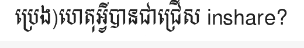
ប្រេង)ហេតុអ្វីបានជាជ្រើស inshare?